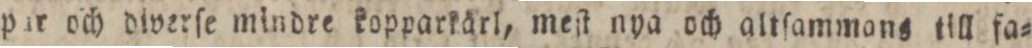
par och diverſe mindre kopparkärl, meſt nya och altſammans till fa=